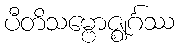
ပီတိသမ္ဗောဇ္ဈင်္ဂဿ